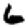
Digit: 6